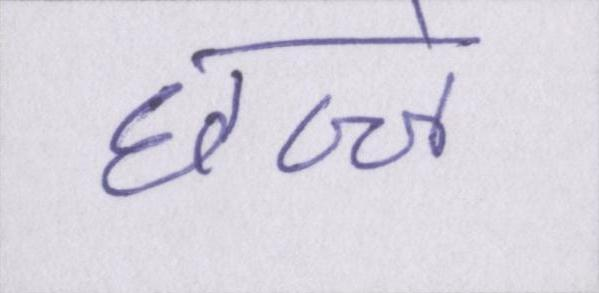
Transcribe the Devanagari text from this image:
छज्जे